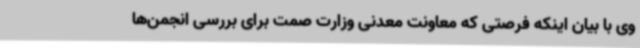
وی با بیان اینکه فرصتی که معاونت معدنی وزارت صمت برای بررسی انجمن‌ها